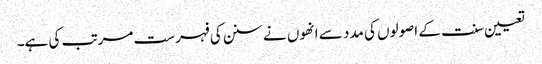
تعیین سنت کے اصولوں کی مدد سے انھوں نے سنن کی فہرست مرتب کی ہے۔